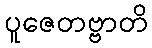
ပူဇေတဗ္ဗာတိ